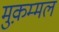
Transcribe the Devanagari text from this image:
मुक़म्मल